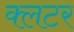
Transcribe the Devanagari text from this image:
क्लटर